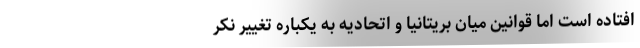
افتاده است اما قوانین میان بریتانیا و اتحادیه به یکباره تغییر نکر